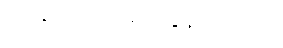
လရောင်က ကြည်လွန်းလှသည်။